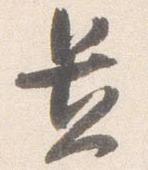
置